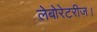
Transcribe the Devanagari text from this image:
लेबोरेटरीज़।